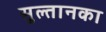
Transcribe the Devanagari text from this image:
सुल्तानका